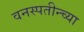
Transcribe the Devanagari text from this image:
वनस्पतीन्च्या